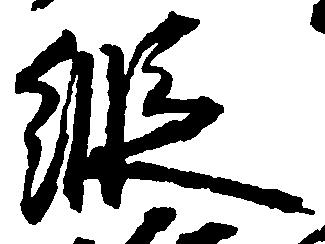
縦